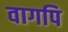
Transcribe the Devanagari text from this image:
वागपि